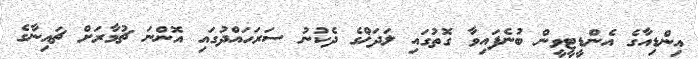
އިންޑިއާގެ އެންޑީޓީވީން ބުނެފައިވާ ގޮތުގައި ލަދަޚްގެ ދެކުނު ސަރަހައްދުގައި އޮންނަ ޗުމާރަށް ޗައިނާގެ